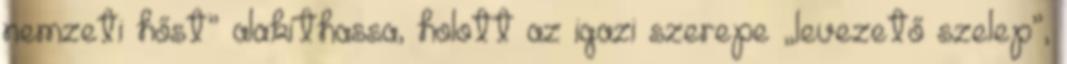
nemzeti hőst” alakíthassa, holott az igazi sze­repe „leve­zető szelep”,